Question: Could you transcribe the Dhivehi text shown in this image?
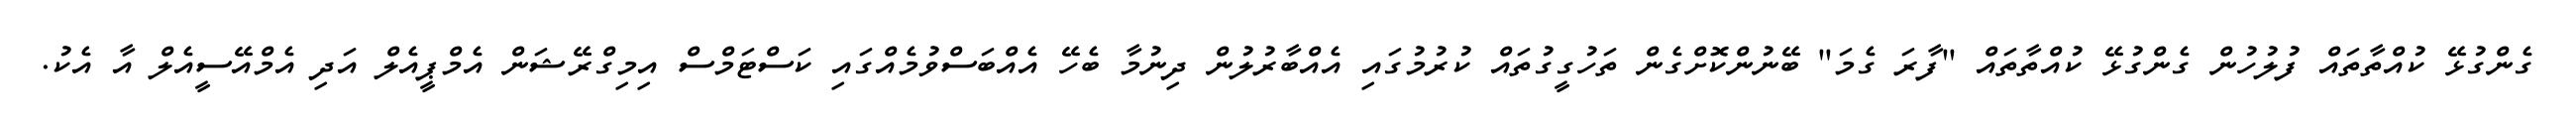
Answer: ގެންގުޅޭ ކުއްތާތައް ފުލުހުން ގެންގުޅޭ ކުއްތާތައް "ފާރަ ގެމަ" ބޭނުންކޮށްގެން ތަހުގީގުތައް ކުރުމުގައި އެއްބާރުލުން ދިނުމާ ބެހޭ އެއްބަސްވުމެއްގައި ކަސްޓަމްސް އިމިގްރޭޝަން އެމްޕީއެލް އަދި އެމްއޭސީއެލް އާ އެކު.